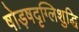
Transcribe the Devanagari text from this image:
षोड़षदृग्लिशुद्धि